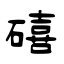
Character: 礂